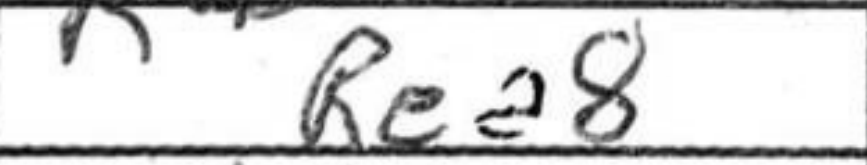
Transcription: Rea8